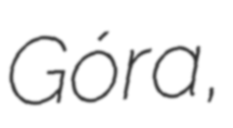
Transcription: Góra,